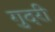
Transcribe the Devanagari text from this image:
गुदरी